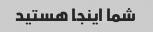
شما اینجا هستید